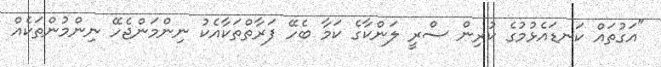
"އަގުތައް ކަނޑައެޅުމުގެ ކުރިން ސްރީ ލަންކާގެ ކަމާ ބެހޭ ފަރާތްތަކާއެކު ނިންމަންޖެހޭ ނިންމުންތަކެއް